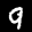
Label: 9